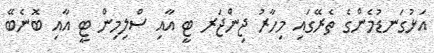
އަޅުގަނޑުމެންގެ ތެރޭގައި މިހާރު ޖިންޖަރ ޓީ އާއި ސްލިމިން ޓީ އާއި ބޮނެބޭ